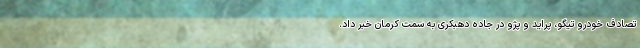
تصادف خودرو تیگو، پراید و پژو در جاده دهبکری به سمت کرمان خبر داد.